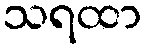
သရထာ